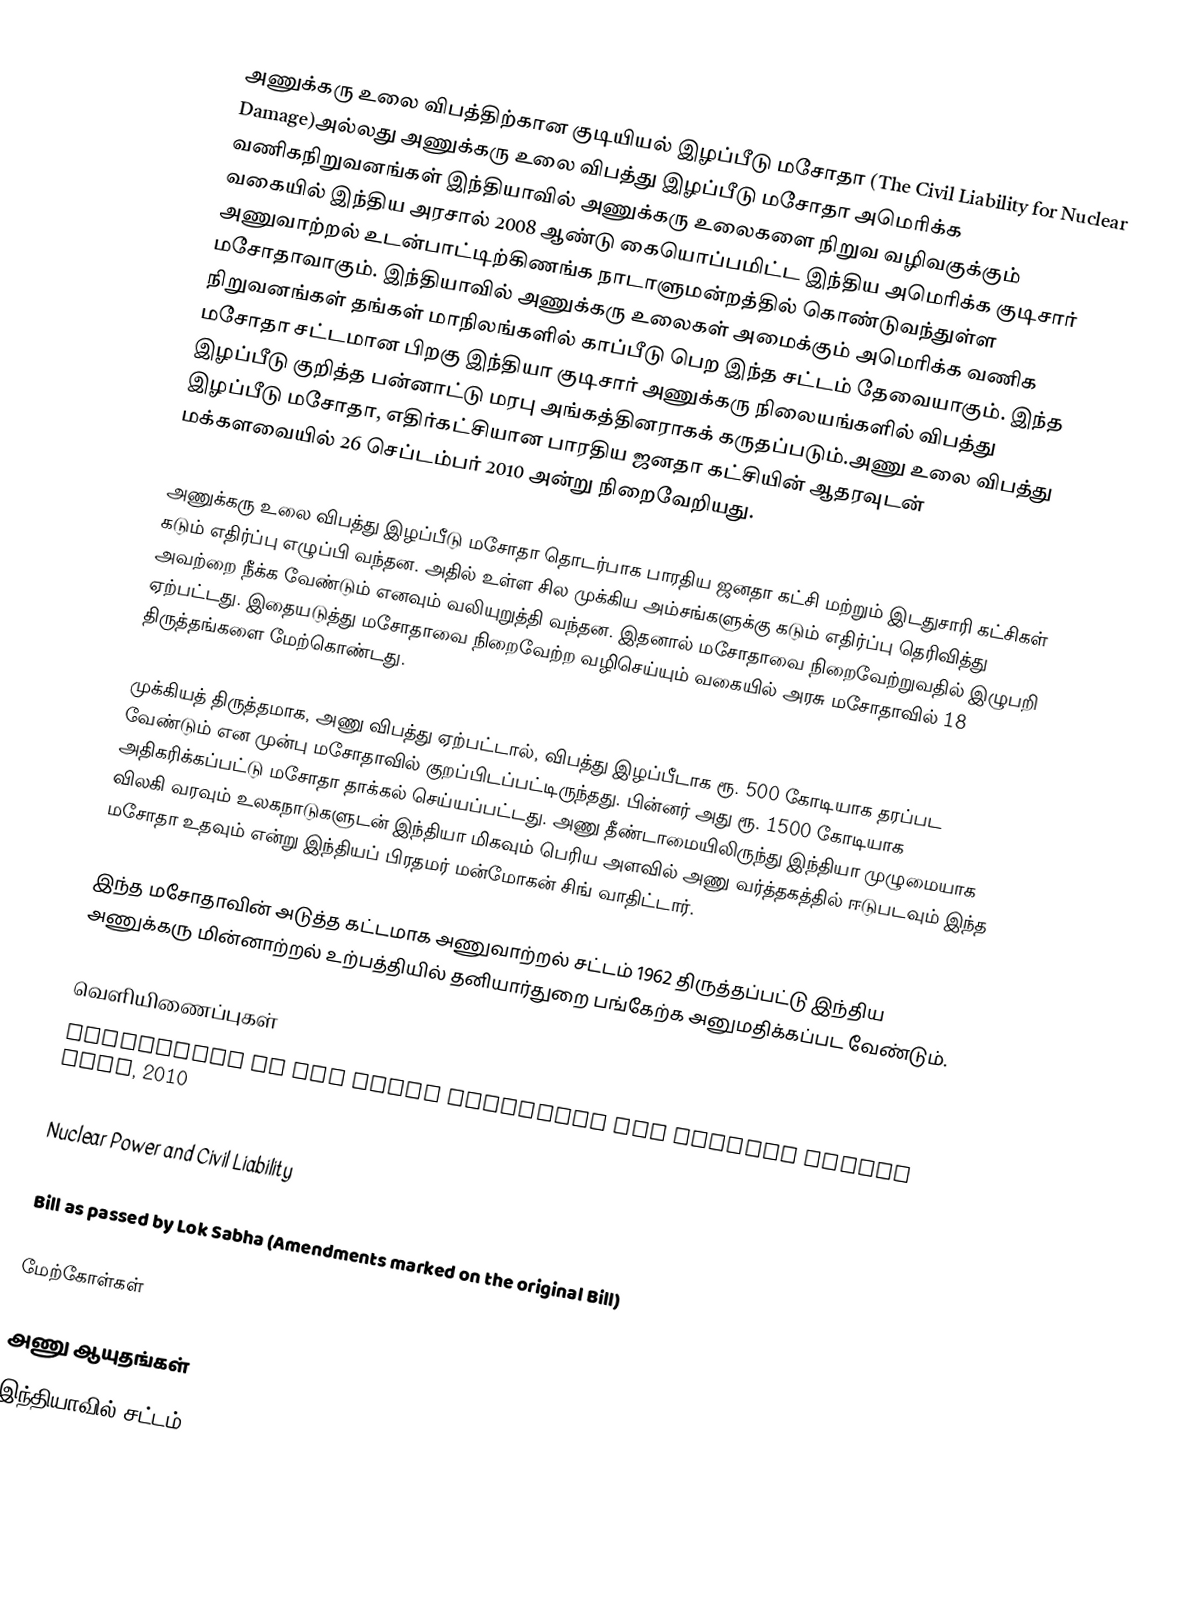
அணுக்கரு உலை விபத்திற்கான குடியியல் இழப்பீடு மசோதா (The Civil Liability for Nuclear Damage)அல்லது அணுக்கரு உலை விபத்து இழப்பீடு மசோதா அமெரிக்க வணிகநிறுவனங்கள் இந்தியாவில் அணுக்கரு உலைகளை நிறுவ வழிவகுக்கும் வகையில் இந்திய அரசால் 2008 ஆண்டு கையொப்பமிட்ட இந்திய அமெரிக்க குடிசார் அணுவாற்றல் உடன்பாட்டிற்கிணங்க  நாடாளுமன்றத்தில் கொண்டுவந்துள்ள மசோதாவாகும். இந்தியாவில் அணுக்கரு உலைகள் அமைக்கும் அமெரிக்க வணிக நிறுவனங்கள் தங்கள் மாநிலங்களில் காப்பீடு பெற இந்த சட்டம் தேவையாகும். இந்த மசோதா சட்டமான பிறகு இந்தியா குடிசார் அணுக்கரு நிலையங்களில் விபத்து இழப்பீடு குறித்த பன்னாட்டு மரபு அங்கத்தினராகக் கருதப்படும்.அணு உலை விபத்து இழப்பீடு மசோதா, எதிர்கட்சியான பாரதிய ஜனதா கட்சியின் ஆதரவுடன் மக்களவையில் 26 செப்டம்பர் 2010 அன்று நிறைவேறியது.

அணுக்கரு உலை விபத்து இழப்பீடு மசோதா தொடர்பாக பாரதிய ஜனதா கட்சி மற்றும் இடதுசாரி கட்சிகள் கடும் எதிர்ப்பு எழுப்பி வந்தன. அதில் உள்ள சில முக்கிய அம்சங்களுக்கு கடும்  எதிர்ப்பு தெரிவித்து அவற்றை நீக்க வேண்டும் எனவும் வலியுறுத்தி  வந்தன. இதனால் மசோதாவை நிறைவேற்றுவதில் இழுபறி ஏற்பட்டது. இதையடுத்து மசோதாவை நிறைவேற்ற வழிசெய்யும் வகையில் அரசு மசோதாவில் 18 திருத்தங்களை மேற்கொண்டது.

முக்கியத் திருத்தமாக, அணு விபத்து ஏற்பட்டால், விபத்து இழப்பீடாக ரூ. 500  கோடியாக தரப்பட வேண்டும் என முன்பு மசோதாவில் குறப்பிடப்பட்டிருந்தது.  பின்னர் அது ரூ. 1500 கோடியாக அதிகரிக்கப்பட்டு மசோதா தாக்கல்  செய்யப்பட்டது. அணு தீண்டாமையிலிருந்து இந்தியா முழுமையாக விலகி வரவும்  உலகநாடுகளுடன் இந்தியா மிகவும் பெரிய அளவில் அணு வர்த்தகத்தில் ஈடுபடவும் இந்த மசோதா உதவும் என்று இந்தியப் பிரதமர் மன்மோகன் சிங் வாதிட்டார்.

இந்த மசோதாவின் அடுத்த கட்டமாக அணுவாற்றல் சட்டம் 1962 திருத்தப்பட்டு இந்திய அணுக்கரு மின்னாற்றல் உற்பத்தியில் தனியார்துறை பங்கேற்க அனுமதிக்கப்பட வேண்டும்.

வெளியிணைப்புகள்
Highlights of the Civil Liability for Nuclear Damage Bill, 2010

Nuclear Power and Civil Liability

Bill as passed by Lok Sabha (Amendments marked on the original Bill)

மேற்கோள்கள்

அணு ஆயுதங்கள்
இந்தியாவில் சட்டம்